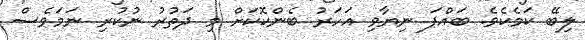
ލިބޭ ކަމެކެވެ. ބައްޕަ ނިޔާވި އަހަރު ބެންކޮކަށް މި ދަތުރު ނުކުރި ނަމަވެސް